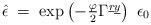
LaTeX: \begin{align*} \hat{\epsilon} \;=\; \exp\left( -\textstyle{\frac{\varphi}{2}} \Gamma^{\underline{r}\underline{y}} \right)\ \epsilon_{0}\end{align*}